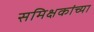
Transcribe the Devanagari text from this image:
समिक्षकांच्या